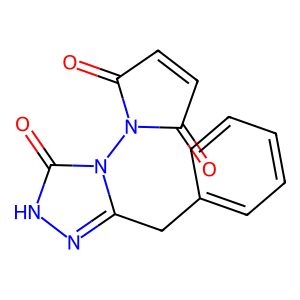
SMILES: O=C1C=CC(=O)N1n1c(Cc2ccccc2)n[nH]c1=O
Inhibits HIV replication: No